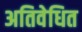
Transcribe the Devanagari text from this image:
अतिवेधित